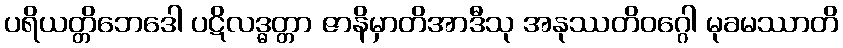
ပရိယတ္တိဘေဒေါ ပဋိလဒ္ဓတ္တာ ဇာနိမှာတိအာဒီသု အနုဿတိဝဂ္ဂေါ မုခမဿာတိ